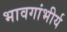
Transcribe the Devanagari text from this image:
भावगांभीर्य